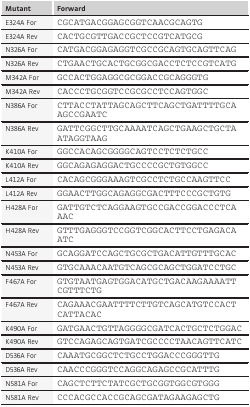
<table><thead><tr><td><b>Mutant</b></td><td><b>Forward</b></td></tr></thead><tbody><tr><td>E324A For</td><td>CGCATGACGGAGCGGTCAACGCAGTG</td></tr><tr><td>E324A Rev</td><td>CACTGCGTTGACCGCTCCGTCATGCG</td></tr><tr><td>N326A For</td><td>CATGACGGAGAGGTCGCCGCAGTGCAGTTCAG</td></tr><tr><td>N326A Rev</td><td>CTGAACTGCACTGCGGCGACCTCTCCGTCATG</td></tr><tr><td>M342A For</td><td>GCCACTGGAGGCGCGGACCGCAGGGTG</td></tr><tr><td>M342A Rev</td><td>CACCCTGCGGTCCGCGCCTCCAGTGGC</td></tr><tr><td>N386A For</td><td>CTTACCTATTAGCAGCTTCAGCTGATTTTGCAAGCCGAATC</td></tr><tr><td>N386A Rev</td><td>GATTCGGCTTGCAAAATCAGCTGAAGCTGCTAATAGGTAAG</td></tr><tr><td>K410A For</td><td>GGCCACAGCGGGGCAGTCCTCTCTGCC</td></tr><tr><td>K410A Rev</td><td>GGCAGAGAGGACTGCCCCGCTGTGGCC</td></tr><tr><td>L412A For</td><td>CACAGCGGGAAAGTCGCCTCTGCCAAGTTCC</td></tr><tr><td>L412A Rev</td><td>GGAACTTGGCAGAGGCGACTTTCCCGCTGTG</td></tr><tr><td>H428A For</td><td>GATTGTCTCAGGAAGTGCCGACCGGACCCTCAAAC</td></tr><tr><td>H428A Rev</td><td>GTTTGAGGGTCCGGTCGGCACTTCCTGAGACAATC</td></tr><tr><td>N453A For</td><td>GCAGGATCCAGCTGCGCTGACATTGTTTGCAC</td></tr><tr><td>N453A Rev</td><td>GTGCAAACAATGTCAGCGCAGCTGGATCCTGC</td></tr><tr><td>F467A For</td><td>GTGTAATGAGTGGACATGCTGACAAGAAAATTCGTTTCTG</td></tr><tr><td>F467A Rev</td><td>CAGAAACGAATTTTCTTGTCAGCATGTCCACTCATTACAC</td></tr><tr><td>K490A For</td><td>GATGAACTGTTAGGGGCGATCACTGCTCTGGAC</td></tr><tr><td>K490A Rev</td><td>GTCCAGAGCAGTGATCGCCCCTAACAGTTCATC</td></tr><tr><td>D536A For</td><td>CAAATGCGGCTCTGCCTGGACCCGGGTTG</td></tr><tr><td>D536A Rev</td><td>CAACCCGGGTCCAGGCAGAGCCGCATTTG</td></tr><tr><td>N581A For</td><td>CAGCTCTTCTATCGCTGCGGTGGCGTGGG</td></tr><tr><td>N581A Rev</td><td>CCCACGCCACCGCAGCGATAGAAGAGCTG</td></tr></tbody></table>